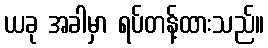
ယခု အခါမှာ ရပ်တန့်ထားသည်။